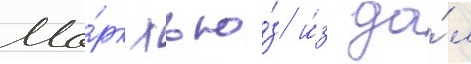
Ма́рк хью́з и́з да́л